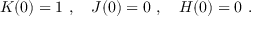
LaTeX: K ( 0 ) = 1 \ , \ \ \ J ( 0 ) = 0 \ , \ \ \ H ( 0 ) = 0 \ .